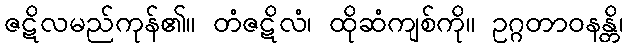
ဇဋိလမည်ကုန်၏။ တံဇဋိလံ၊ ထိုဆံကျစ်ကို။ ဥဂ္ဂတာဝနန္တိ၊